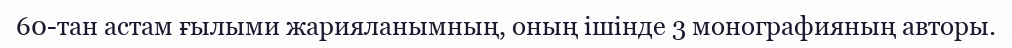
60-тан астам ғылыми жарияланымның, оның ішінде 3 монографияның авторы.